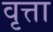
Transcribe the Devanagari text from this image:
वृत्ता